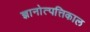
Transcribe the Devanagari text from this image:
ज्ञानोत्पत्तिकाल